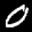
Label: 0